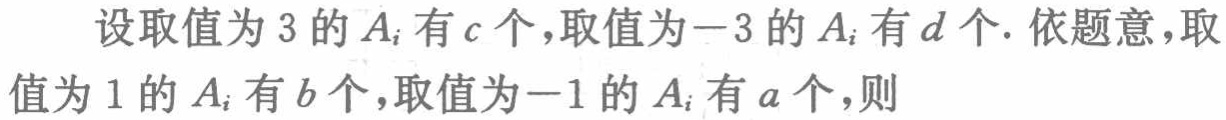
设取值为\(3\)的\(A_{i}\)有\(c\)个，取值为\(-3\)的\(A_{i}\)有\(d\)个. 依题意，取值为\(1\)的\(A_{i}\)有\(b\)个，取值为\(-1\)的\(A_{i}\)有\(a\)个，则